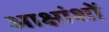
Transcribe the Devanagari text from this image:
आक्षांशों